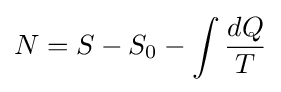
N=S-S_{0}-\int {\frac {dQ}{T}}